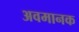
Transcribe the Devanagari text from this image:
अवमानक